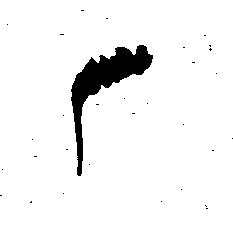
御